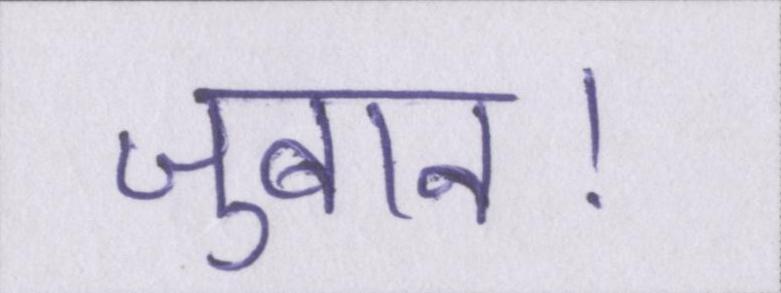
जुबान।